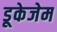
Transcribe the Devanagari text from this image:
डूकेजेम